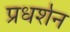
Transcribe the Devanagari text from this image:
प्रधर्शन